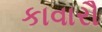
કાવારૌ